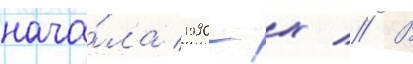
нача́ла 1990-х // В